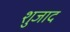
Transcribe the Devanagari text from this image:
शुजाद